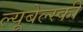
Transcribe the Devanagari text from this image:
ल्यूबेल्स्की